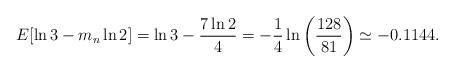
LaTeX: \begin{align*}E[\ln3 - m_n \ln2] = \ln3 - \frac{7 \ln2}{4} = -\frac{1}{4} \ln\left(\frac{128}{81}\right) \simeq -0.1144.\end{align*}